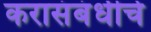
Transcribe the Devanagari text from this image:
करासंबंधीचे